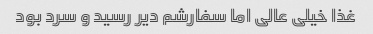
غذا خیلی عالی اما سفارشم دیر رسید و سرد بود